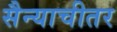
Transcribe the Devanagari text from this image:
सैन्याचीतर